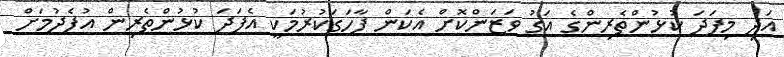
އަދި މިފަދަ ކުޅުންތެރިންގެ އަގު ވަޒަންކޮށް އެކަން ފާހަގަކުރުމަކީ އެފަދަ ކުޅުންތެރިން އުފެދުމަށް